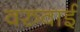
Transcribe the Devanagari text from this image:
वरुवाई